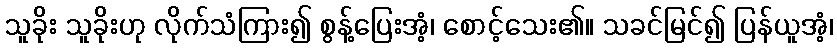
သူခိုး သူခိုးဟု လိုက်သံကြား၍ စွန့်ပြေးအံ့၊ စောင့်သေး၏။ သခင်မြင်၍ ပြန်ယူအံ့၊